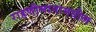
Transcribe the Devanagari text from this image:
राहणीमानामधील